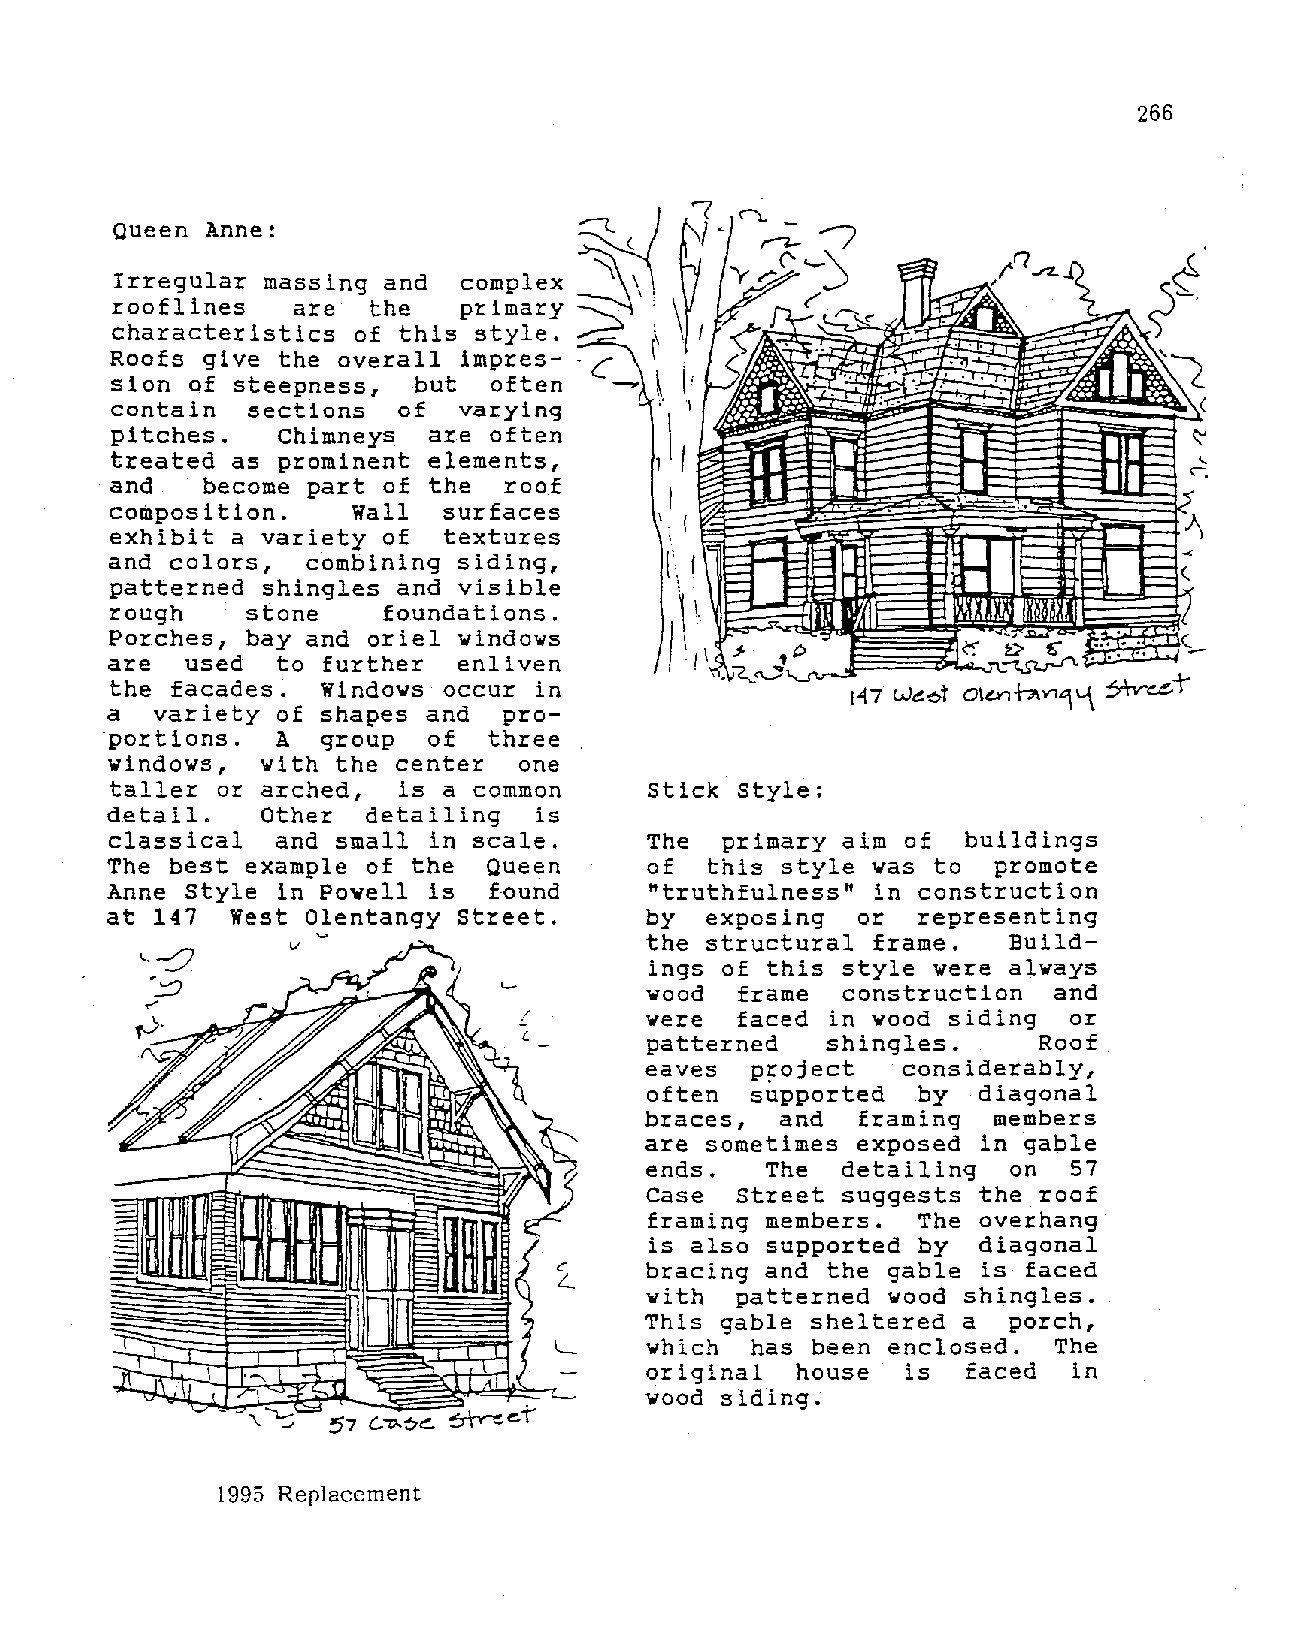
266
 Queen Anne:
 Irregular massing and  complex
 rooflines   are  the   primary
 characteristics of this style.
 Roofs give the overall impres
 sion of steepness,  but  often
 contain  sections  of  varying
 pitches.   Chimneys  are often
 treated as prominent elements,
 and   become part of the  roof
 I
 composition.    Wall   surfaces
 I
 I
 exhibit  a variety of  textures
 '
 and colors,  combining siding,
 patterned shingles and visible
 rough     stone    foundations.
 Porches,  bay and oriel windows
 are   used  to further enliven
 the  facades. Windows  occur in
 a  variety  of shapes and pro
 portions.  A  group   of three
 windows,  with the center   one
 taller  or arched,  is a common     Stick style:
 detail.    Other detailing   is
 classical  and small  in scale.     The  primary aim of  buildings
 The best example of the  Queen      of  this style was to  promote
 Anne Style  in Powell is  found     "truthfulness" in construction
 at 147  West Olentangy street.      by  exposing  or  representing
 the structural frame.   Build
 ings of this style were always
 wood  frame  construction  and
 were  faced in wood siding  or
 patterned   shingles.     Roof
 eaves  project   considerably,
 often  supported  by  diagonal
 braces,  and  framing  members
 are sometimes exposed in gable
 ends.   The  detailing  on  57
 Case  Street suggests the roof
 framing members.  The overhang
 is also supported by  diagonal
 bracing and the gable is faced
 with  patterned wood shingles.
 This gable sheltered a  porch,
 which  has been enclosed.  The
 original  house  is  faced  in
 wood siding.
 1995 Replacement